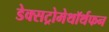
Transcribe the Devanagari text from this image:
डेक्सट्रोमेथॉर्थफन